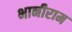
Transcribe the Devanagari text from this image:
भानीराम